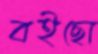
বইছো